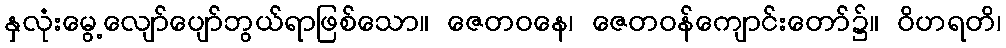
နှလုံးမွေ့လျော်ပျော်ဘွယ်ရာဖြစ်သော။ ဇေတဝနေ၊ ဇေတဝန်ကျောင်းတော်၌။ ဝိဟရတိ၊